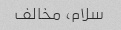
سلام، مخالف